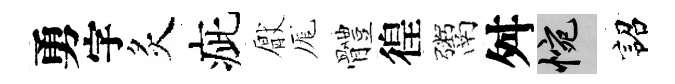
勇字炙疵厭厖體徨鬻舛惋詔